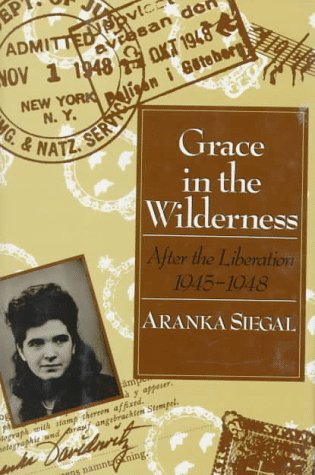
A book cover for Grace in the Wilderness: After the Liberation, 1945-1948; Aranka Siegal; Children's Books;